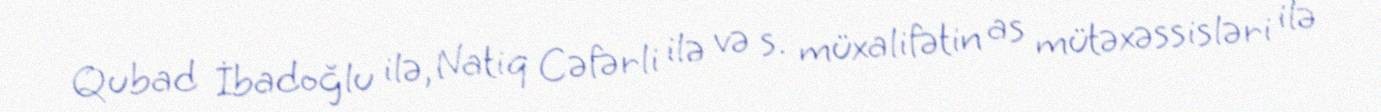
Qubad İbadoğlu ilə, Natiq Cəfərli ilə və s. müxalifətin as mütəxəssisləri ilə